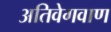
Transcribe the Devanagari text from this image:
अतिवेगवाण